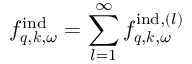
f _ { \boldsymbol { q } , \boldsymbol { k } , \omega } ^ { \mathrm { i n d } } = \sum _ { l = 1 } ^ { \infty } f _ { \boldsymbol { q } , \boldsymbol { k } , \omega } ^ { \mathrm { i n d } , ( l ) }